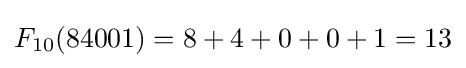
F_{10}(84001)=8+4+0+0+1=13